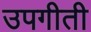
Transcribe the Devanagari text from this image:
उपगीती